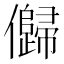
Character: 𠐽